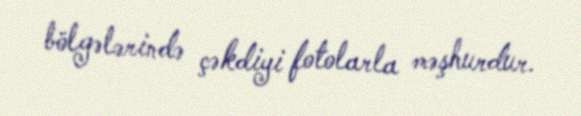
bölgələrində çəkdiyi fotolarla məşhurdur.